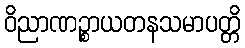
ဝိညာဏဉ္စာယတနသမာပတ္တိ